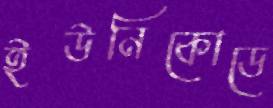
ইউনিকোডে